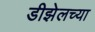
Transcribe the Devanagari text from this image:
डीझेलच्या